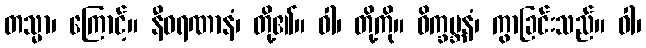
တသ္မာ၊ ကြောင့်။ နီဝရဏာနံ၊ တို့၏။ ဝါ၊ တို့ကို။ ဝိက္ခမ္ဘနံ၊ ကွာခြင်းသည်။ ဝါ၊